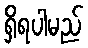
ရှိရပါမည်